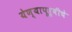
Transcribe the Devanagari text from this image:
येण्यापूर्वीचे